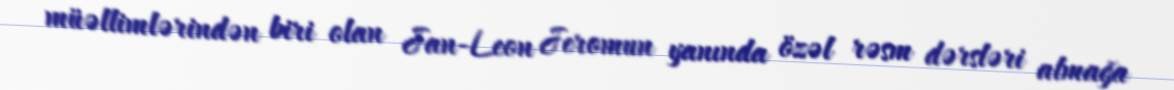
müəllimlərindən biri olan Jan-Leon Jeromun yanında özəl rəsm dərsləri almağa